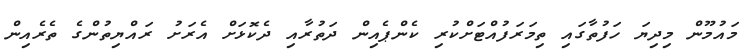
މައުމޫން މިދިޔަ ހަފުތާގައި ތިމަރަފުއްޓަށްކުރި ކެންޕެއިން ދަތުރާއި ދެކޮޅަށް އެރަށު ރައްޔިތުންގެ ތެރެއިން